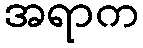
အရာက